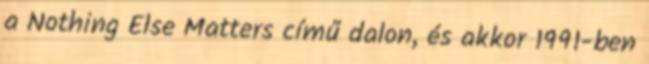
a Nothing Else Matters című dalon, és akkor 1991-ben